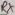
Text: RX